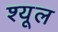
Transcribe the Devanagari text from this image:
श्यूल